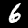
Digit: 6